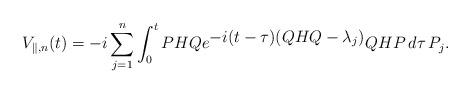
LaTeX: \begin{align*}V_{\parallel,n}(t)= -i \sum_{j=1}^{n} \int_{0}^{t}PHQ e^{\textstyle -i (t - \tau ) (QHQ - {\lambda}_{j})} QHP\, d \tau \, P_{j} . \end{align*}